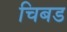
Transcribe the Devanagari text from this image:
चिबड